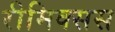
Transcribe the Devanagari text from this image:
रीमिक्सस